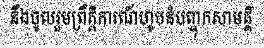
នឹងចូលរួមព្រឹត្តិការណ៍ហូបនំបញ្ចុកសាមគ្គី